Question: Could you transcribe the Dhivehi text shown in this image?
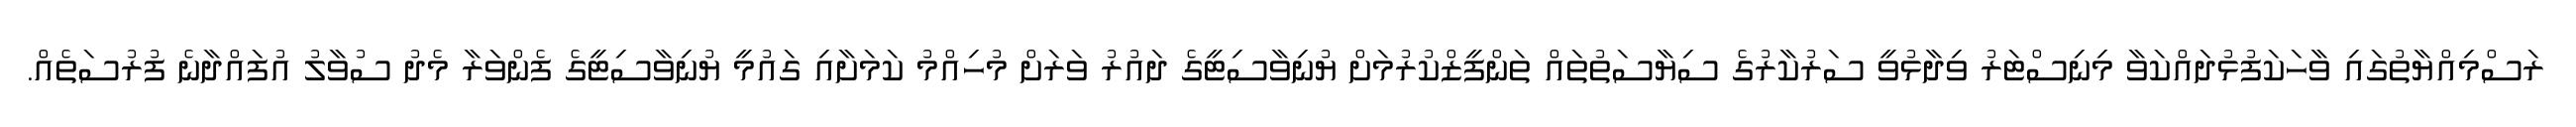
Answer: ރަސްމިއްޔާތުގައި ވާހަކަފުޅުދައްކަވާ މިނިސްޓަރު ވިދާޅުވީ ސަރުކާރުގެ ސިޔާސަތުތައް ތަންފީޒްކުރުމަށް ޔުނިވާސިޓީގެ ދައުރު ވަރަށް މުހިއްމު ކަމަށާއި ގައުމީ ޔުނިވާސިޓީގެ ފެންވަރާ މެދު ސުވާލު އުފައްދާނެ ފުރުސަތެއް.